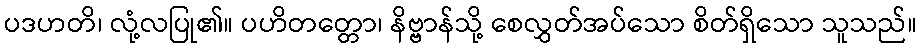
ပဒဟတိ၊ လုံ့လပြု၏။ ပဟိတတ္တော၊ နိဗ္ဗာန်သို့ စေလွှတ်အပ်သော စိတ်ရှိသော သူသည်။